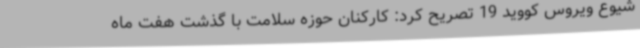
شیوع ویروس کووید 19 تصریح کرد: کارکنان حوزه سلامت با گذشت هفت ماه